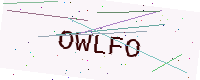
Text: OWLFO